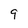
Character: 9